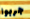
جربوا